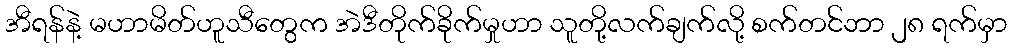
အီရန်နဲ့ မဟာမိတ်ဟူသီတွေက အဲဒီတိုက်ခိုက်မှုဟာ သူတို့လက်ချက်လို့ စက်တင်ဘာ ၂၈ ရက်မှာ